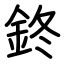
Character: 鉖